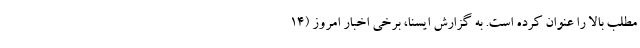
مطلب بالا را عنوان کرده است. به گزارش ایسنا، برخی اخبار امروز (۱۴